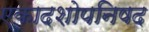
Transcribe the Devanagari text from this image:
एकादशोपनिषद